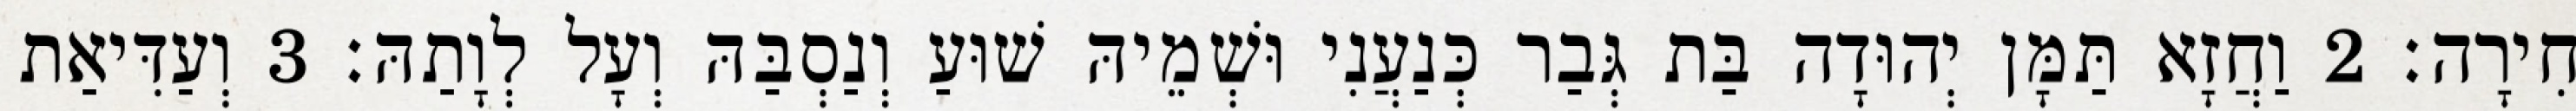
חִירָה׃ 2 וַחֲזָא תַּמָּן יְהוּדָה בַּת גְּבַר כְּנַעֲנִי וּשְׁמֵיהּ שׁוּעַ וְנַסְבַּהּ וְעָל לְוָתַהּ׃ 3 וְעַדִּיאַת